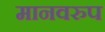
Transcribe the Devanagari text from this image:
मानवरुप